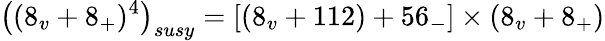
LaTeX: \left((8_{v}+8_{+})^{4}\right)_{susy}=\left[\left(8_{v}+112\right)+56_{-}\right]\times(8_{v}+8_{+})